Insane asylums in Bengal annual reports 1876-1887 - 1876-1887
Year: 1876
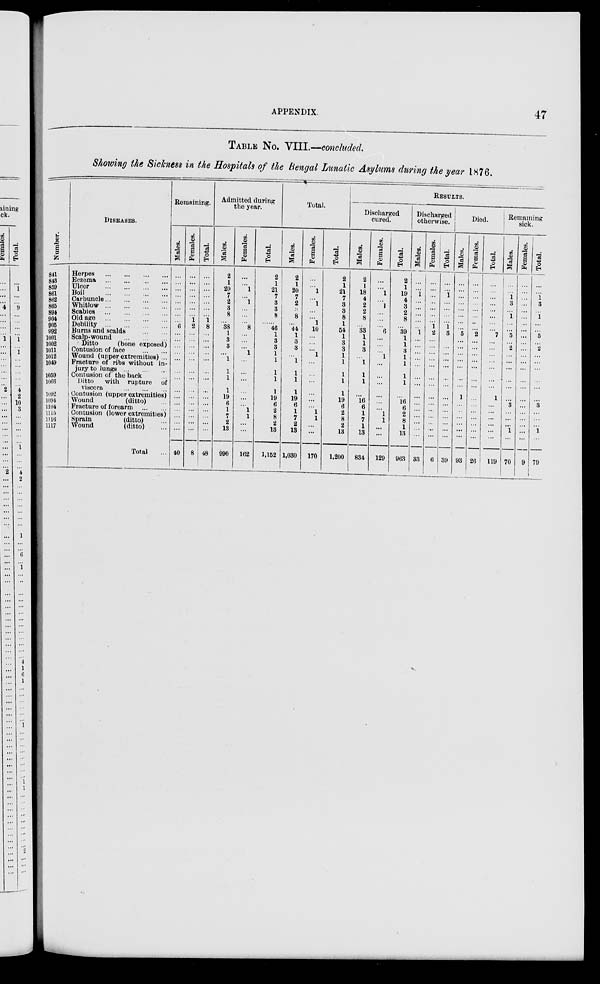
APPENDIX.
47
TABLE NO. VIII.—concluded.
Showing the Sickness in the Hospitals of the Bengal Lunatic Asylums during the year 1876.
Number.
841
843
859
861
862
865
894
904
905
992
1001
1002
1011
1012
1049
1059
1066
1092
1094
1104
1115
1116
1117
DISEASES.
Herpes
...
...
...
...
Eczema ... ... ... ...
Ulcer
...
...
...
...
Boil
...
...
...
...
Carbuncle... ... ... ...
Whitlow
...
...
...
...
Scabies
...
...
...
...
Old age
...
...
...
...
Debility
...
...
...
...
Burns and scalds ... ...
Scalp-wound
...
...
...
Ditto
(bone exposed)
Contusion of face
...
...
Wound (upper extremities) ...
Fracture of ribs without in-
jury to lungs ... ... ...
Contusion of the back ...
Ditto
with rupture of
viscera
...
...
...
Contusion (upper extremities)
Wound
(ditto) ...
Fracture of forearm
...
...
Contusion (lower extremities)
Sprain
(ditto) ...
Wound
(ditto) ...
Total ...
Remaining.
Males.
...
...
...
...
...
...
...
...
6
...
...
...
...
...
...
...
...
...
...
...
...
...
...
40
Females.
...
...
...
...
...
...
...
1
2
...
...
...
...
...
...
...
...
...
...
...
...
...
...
8
Total.
...
...
...
...
...
...
...
1
8
...
...
...
...
...
...
...
...
...
...
...
...
...
...
48
Admitted during
the year.
Males.
2
1
20
7 2
3
8
...
38
1
3
3
...
1
1
1
1
19
6
1
7
2
13
990
Females.
...
...
1
...
1
...
...
...
8
...
...
...
1
...
...
...
...
...
...
1
1
...
...
162
Total.
2
1
21
7
3
3
8
......
46
1
3
3
1
1
1
1
1
19
6
2
8
2
13
1,152
Total.
Males.
2
1
20
7
2
3
8
...
44
1
3
3
...
1
1
1
1
19
6
1
7
2
13
1,030
Females.
...
...
1
...
1
...
...
1
10
...
...
...
1
...
...
...
...
...
...
1
1
...
...
170
Total.
2
1
21
7
3
3
8
1
54
1
3
3
1
1
1
1
1
19
6
2
8
2
13
1,200
RESULTS.
Discharged
cured.
Males.
2
1
18
4
2
2
8
...
33
1
1
3
...
1
1
1
...
16
6
1
7
1
13
834
Females.
...
...
1
... 1
...
...
...
6
... ...
...
1
...
...
...
...
...
...
1
1
...
...
129
Total.
2
1
19
4
3
2
8
...
39
1
1
3
1
1
1
1
...
16
6
2
8
1
13
963
Discharged
otherwise.
Males.
...
...
1
...
...
...
...
...
1
...
...
...
...
...
...
...
...
...
...
...
...
...
...
33
Females.
...
...
...
...
...
...
...
1 2
...
...
...
...
...
...
...
...
...
...
...
...
...
...
6
Total.
...
...
1
...
...
...
...
1
3
...
...
...
...
...
...
...
...
...
...
...
...
...
39
Died.
Males.
...
...
...
...
...
...
...
...
5
...
...
...
...
...
...
...
1
...
...
...
...
...
...
93
Females.
...
...
...
...
...
...
...
...
2
...
...
...
...
...
...
...
...
...
...
...
...
...
...
26
Total.
...
...
...
...
...
...
...
...
7
...
...
...
...
... ...
...
1
...
...
...
...
...
...
119
Remaining
sick.
Males.
...
...
1
3
...
1
...
...
5
...
2
...
...
...
...
...
...
3
...
...
...
1
...
70
Females.
...
...
...
...
...
...
...
...
...
...
...
...
...
...
...
...
...
...
...
...
...
...
...
9
Total.
...
...
1 3
...
1
...
...
5
... 2
...
...
...
...
...
...
3
...
...
...
1
...
79